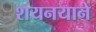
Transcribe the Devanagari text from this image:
शयनयाने